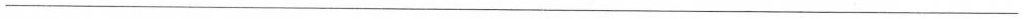
___